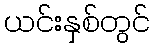
ယင်းနှစ်တွင်